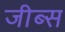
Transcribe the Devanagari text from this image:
जीब्स